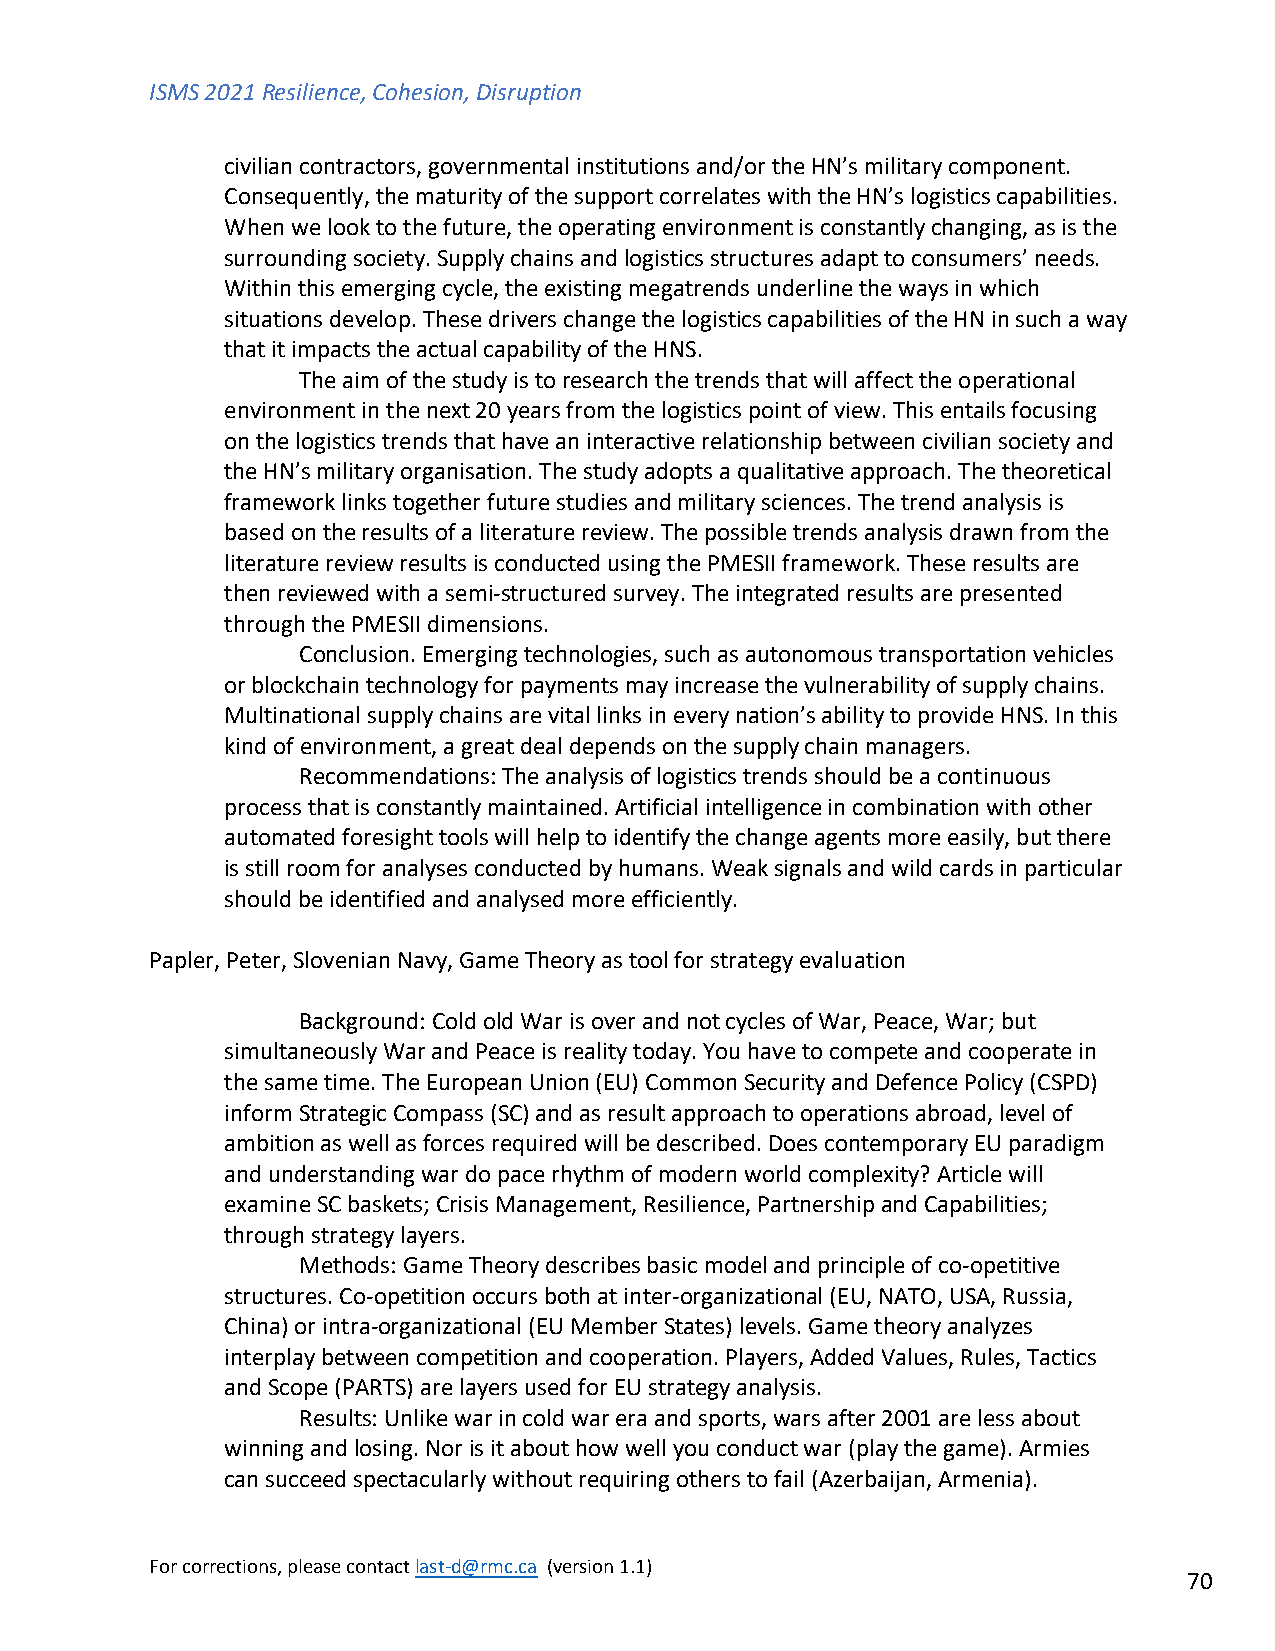
ISMS 2021 Resilience, Cohesion, Disruption
 civilian contractors, governmental institutions and/or the HN’s military component.
 Consequently, the maturity of the support correlates with the HN’s logistics capabilities.
 When we look to the future, the operating environment is constantly changing, as is the
 surrounding society. Supply chains and logistics structures adapt to consumers’ needs.
 Within this emerging cycle, the existing megatrends underline the ways in which
 situations develop. These drivers change the logistics capabilities of the HN in such a way
 that it impacts the actual capability of the HNS.
 The aim of the study is to research the trends that will affect the operational
 environment in the next 20 years from the logistics point of view. This entails focusing
 on the logistics trends that have an interactive relationship between civilian society and
 the HN’s military organisation. The study adopts a qualitative approach. The theoretical
 framework links together future studies and military sciences. The trend analysis is
 based on the results of a literature review. The possible trends analysis drawn from the
 literature review results is conducted using the PMESII framework. These results are
 then reviewed with a semi-structured survey. The integrated results are presented
 through the PMESII dimensions.
 Conclusion. Emerging technologies, such as autonomous transportation vehicles
 or blockchain technology for payments may increase the vulnerability of supply chains.
 Multinational supply chains are vital links in every nation’s ability to provide HNS. In this
 kind of environment, a great deal depends on the supply chain managers.
 Recommendations: The analysis of logistics trends should be a continuous
 process that is constantly maintained. Artificial intelligence in combination with other
 automated foresight tools will help to identify the change agents more easily, but there
 is still room for analyses conducted by humans. Weak signals and wild cards in particular
 should be identified and analysed more efficiently.
 Papler, Peter, Slovenian Navy, Game Theory as tool for strategy evaluation
 Background: Cold old War is over and not cycles of War, Peace, War; but
 simultaneously War and Peace is reality today. You have to compete and cooperate in
 the same time. The European Union (EU) Common Security and Defence Policy (CSPD)
 inform Strategic Compass (SC) and as result approach to operations abroad, level of
 ambition as well as forces required will be described. Does contemporary EU paradigm
 and understanding war do pace rhythm of modern world complexity? Article will
 examine SC baskets; Crisis Management, Resilience, Partnership and Capabilities;
 through strategy layers.
 Methods: Game Theory describes basic model and principle of co-opetitive
 structures. Co-opetition occurs both at inter-organizational (EU, NATO, USA, Russia,
 China) or intra-organizational (EU Member States) levels. Game theory analyzes
 interplay between competition and cooperation. Players, Added Values, Rules, Tactics
 and Scope (PARTS) are layers used for EU strategy analysis.
 Results: Unlike war in cold war era and sports, wars after 2001 are less about
 winning and losing. Nor is it about how well you conduct war (play the game). Armies
 can succeed spectacularly without requiring others to fail (Azerbaijan, Armenia).
 For corrections, please contact last-d@rmc.ca (version 1.1)
 70